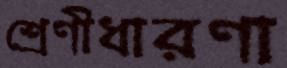
শ্রেণীধারণা